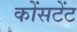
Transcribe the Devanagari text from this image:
कोंसटेंट